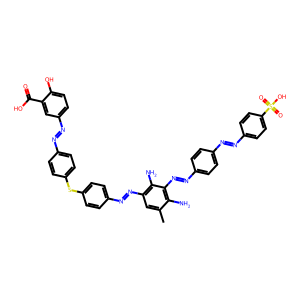
SMILES: Cc1cc(N=Nc2ccc(Sc3ccc(N=Nc4ccc(O)c(C(=O)O)c4)cc3)cc2)c(N)c(N=Nc2ccc(N=Nc3ccc(S(=O)(=O)O)cc3)cc2)c1N
Inhibits HIV replication: Yes